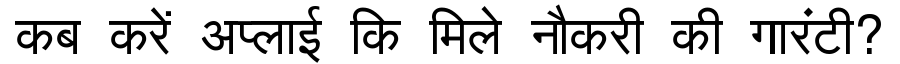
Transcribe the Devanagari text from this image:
कब करें अप्लाई कि मिले नौकरी की गारंटी?